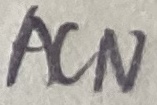
Text: ACN